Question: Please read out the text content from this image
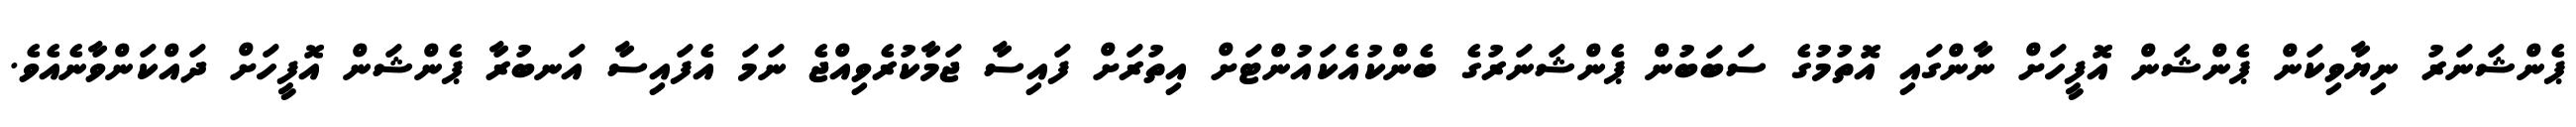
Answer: ޕެންޝަނަރު ނިޔާވިކަން ޕެންޝަން އޮފީހަށް ނާންގައި އޮތުމުގެ ސަބަބުން ޕެންޝަނަރުގެ ބެންކުއެކައުންޓަށް އިތުރަށް ފައިސާ ޖަމާކުރެވިއްޖެ ނަމަ އެފައިސާ އަނބުރާ ޕެންޝަން އޮފީހަށް ދައްކަންވާނެއެވެ.